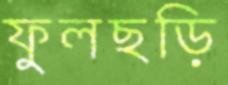
ফুলছড়ি